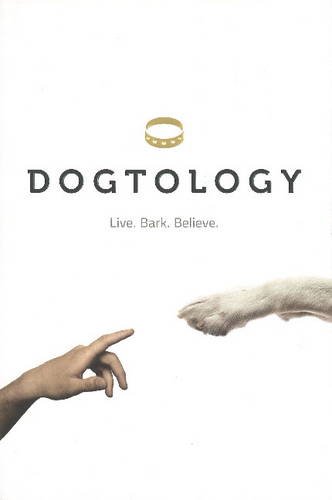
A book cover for Dogtology: Live. Bark. Believe.; Jeff Lazarus; Humor & Entertainment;